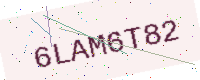
Text: 6LAM6T82